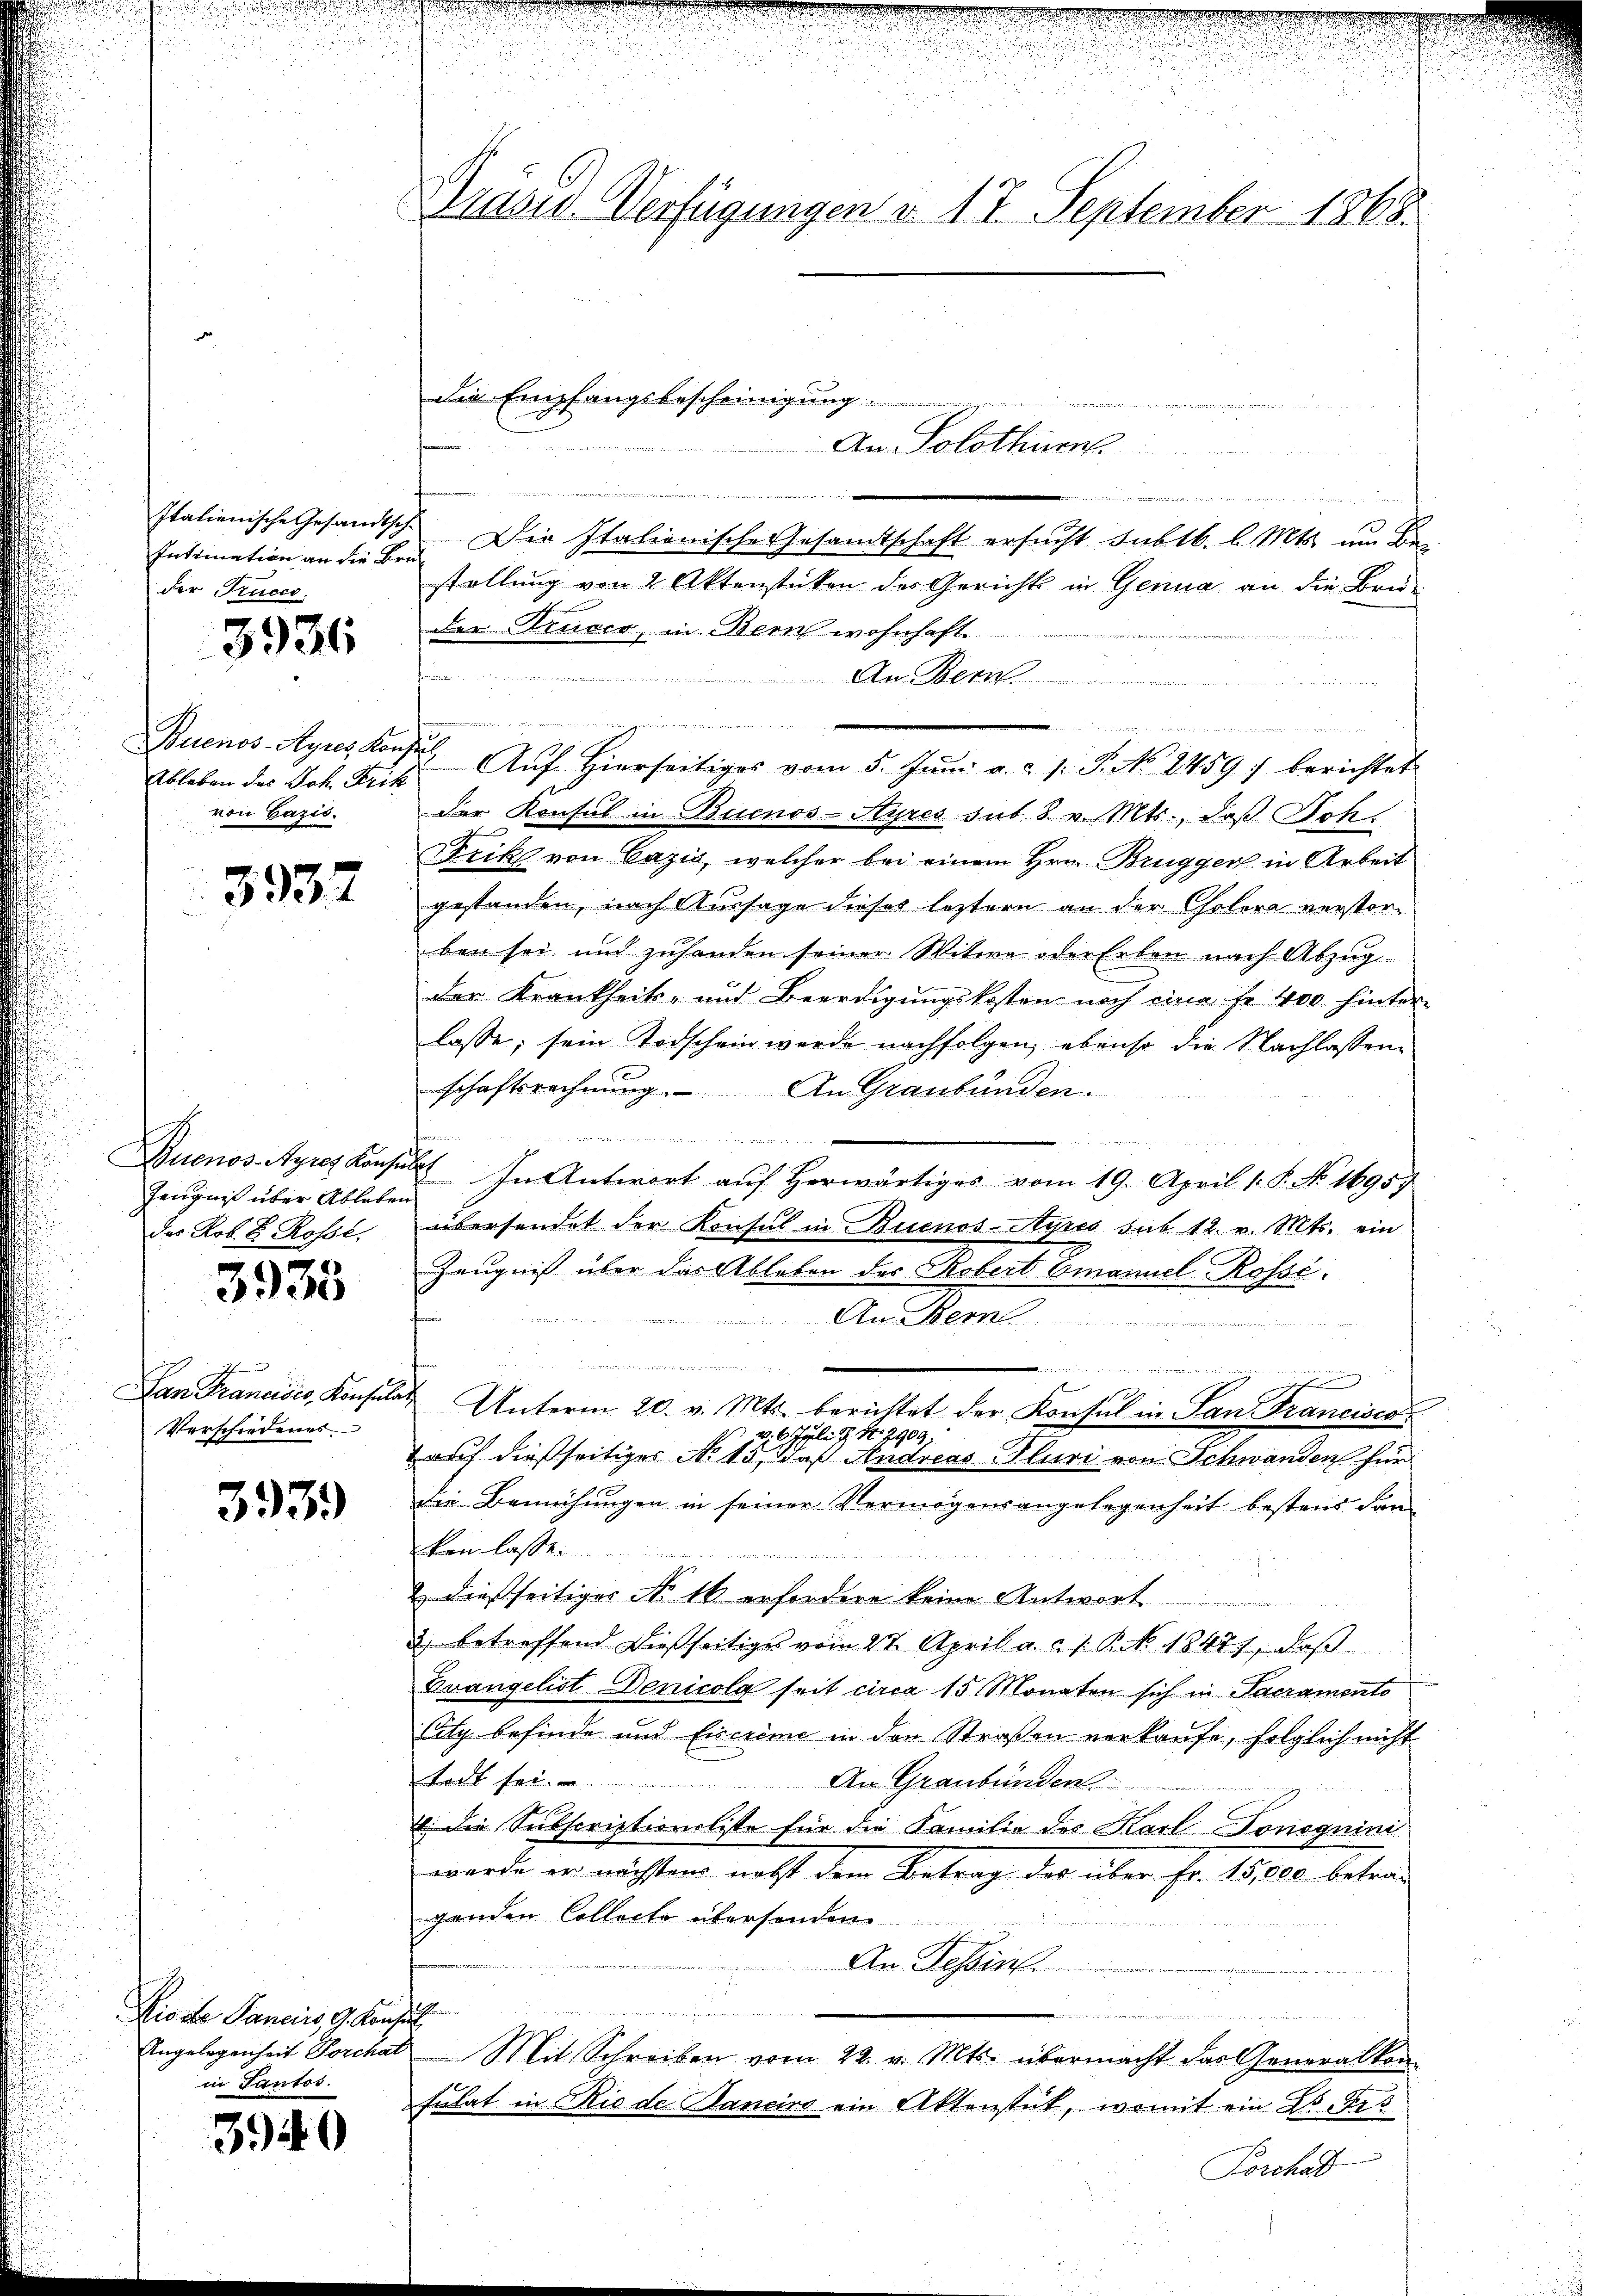
Italienische Gesandtsch
Intimation an die Br
der Trucca.

3936

Ableben des Joh. Frik
von Cazis.

3932

Zeugniß über Ableben
das Rob. 8. Rosse,

3935

San Francises, Konsula
Verschiedenes

3939

Diode Janeiro 9 Kauf
in Tantos.

3940

Präses Verfügungen v. 17. September 1863.

die Empfangsbescheinigung.

An Solothurn

44

Die Italienische Gesandtschaft ersucht subtb. l. Mts. um Be
if
stellung von 2 Aktenstücken des Gericht in Genua an die Bru-
der Druser, in Bern wohnhaft
hrung in andenen
An Bern
n
   sie
eilige von Sinnenvernennen in er einen anderen wer¬
Buenos-Ayres Konser Aŭf Hierseitiges vom 5. Jŭni a. c. s. S. No. 2459) berichtet
der Konsul in Buenos-Ayres sut. 8 v. Mts., daß Joh.
Frik von Lazić, welcher bei einem Hrn. Brugger in Arbeit
gestanden, nach Aussage dieses leztern an der Cholera verstor-
ben sei und zuhanden seiner Witwe oder Erben nach Abzug
der Krankheits- und Beerdigungskosten noch eina Fr. 400 hinter-
lasse; sein Todschein werde nachfolgen, ebenso die Nachlassen
schaftsrechnung. An Graubünden.
de wurde der die
e
Buenos-Ayres Konsulat In Antwort aŭf herwärtiges vom 19. April 1. P. Nr. 1695)
übersendet der Konsul in Buenos-Ayres sub 12. v. Mts. ein
Zeugnis über das Ableben der Robert Emanuel Rosse
An Bern

mainen ist, wenn
mnen eine nieden mein ein meinen
u
Unterm 20. v. Mts. berichtet der Konsul in San Francisca
: 6. Juli v. N. 2909.
 auf dießseitiges No 15, daß Andreas- Pluri von Schwanden für
die Bemühungen in seiner Vermögensangelegenheit bestens dan
ken lasse.
2 dießseitiges No 14 erfordere keine Antwort
2) betreffend dießseitiges vom 27. April a. c. 1. P. Nr. 1847), daβ
Evangelist Denicola seit circa 15 Monaten sich in Sacramento
Cilg befinde und Eincrime in den Straßen verkaufe, folglich nicht
talt sei.
An Graubünden.
: die Subscriptionsliste für die Familie des Karl-Tonsquini
wurde er nächstens nebst dem Betrag des über Fr. 15,000. betrag
genden Collecte übersenden
An Tessin.

.
m
Angelegenheit Forchat Mit Schreiben vom 22. v. Mts. übermacht das Generalkon-
tulat in Rio de Janeiro ein Aktenstut, womit ein Dr. Fris
Poschad